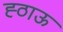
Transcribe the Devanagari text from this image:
ह्ठाऊ